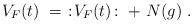
LaTeX: \begin{align*}V_F(t) \ = \ : \! V_F(t) \! : \ + \ N(g) \ . \end{align*}